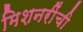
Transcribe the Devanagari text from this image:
मिशनरींची